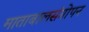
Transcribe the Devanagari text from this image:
माताबालसंगोपन